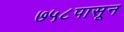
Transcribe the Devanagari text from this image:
७५८पासून